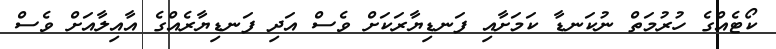
ކޯޓެއްގެ ހުރުމަތް ނުކަނޑާ ކަމަށާއި ފަނޑިޔާރަކަށް ވެސް އަދި ފަނޑިޔާރެއްގެ އާއިލާއަށް ވެސް